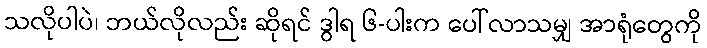
သလိုပါပဲ၊ ဘယ်လိုလည်း ဆိုရင် ဒွါရ ၆-ပါးက ပေါ်လာသမျှ အာရုံတွေကို